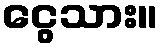
ငွေသား။